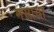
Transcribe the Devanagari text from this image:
मसाया